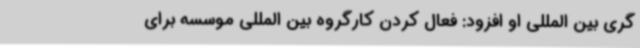
گری بین المللی او افزود: فعال کردن کارگروه بین المللی موسسه برای